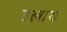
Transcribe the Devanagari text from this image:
उलाय